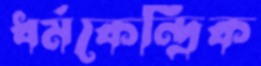
ধর্মকেন্দ্রিক